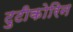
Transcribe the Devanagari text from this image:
टुटीकोरिन